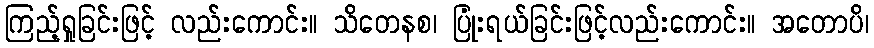
ကြည့်ရှုခြင်းဖြင့် လည်းကောင်း။ သိတေနစ၊ ပြုံးရယ်ခြင်းဖြင့်လည်းကောင်း။ အတောပိ၊